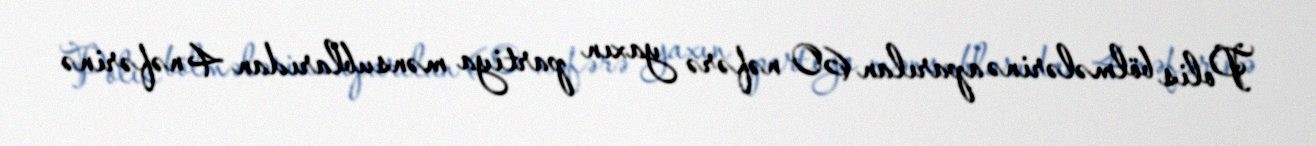
Polis bölmələrinə aparılan 60 nəfərə yaxın partiya mənsublarıdan 4 nəfərinə